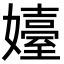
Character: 嬯